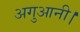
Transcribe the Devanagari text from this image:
अगुआनी।